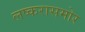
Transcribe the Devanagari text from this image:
लष्करासमोर